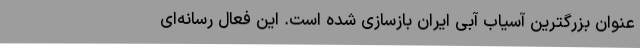
عنوان بزرگترین آسیاب آبی ایران بازسازی شده است. این فعال رسانه‌ای